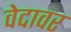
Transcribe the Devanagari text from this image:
वेदावर